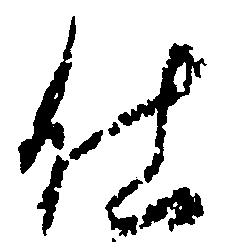
仕